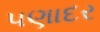
પણાદર